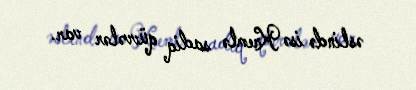
əslində isə Kremlə sadiq qüvvələr var.